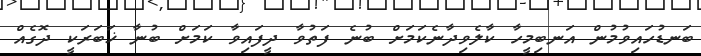
ބަނޑުހައިވުމުން އަނބިމީހާ ކާލެވިދާނެކަމަށް ބުނެ ފަތުވާ ދީފައިވާ ކަމަށް ބުނާ ޚަބަރަކީ ދޮގެއް